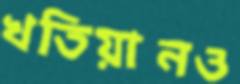
খতিয়ানও